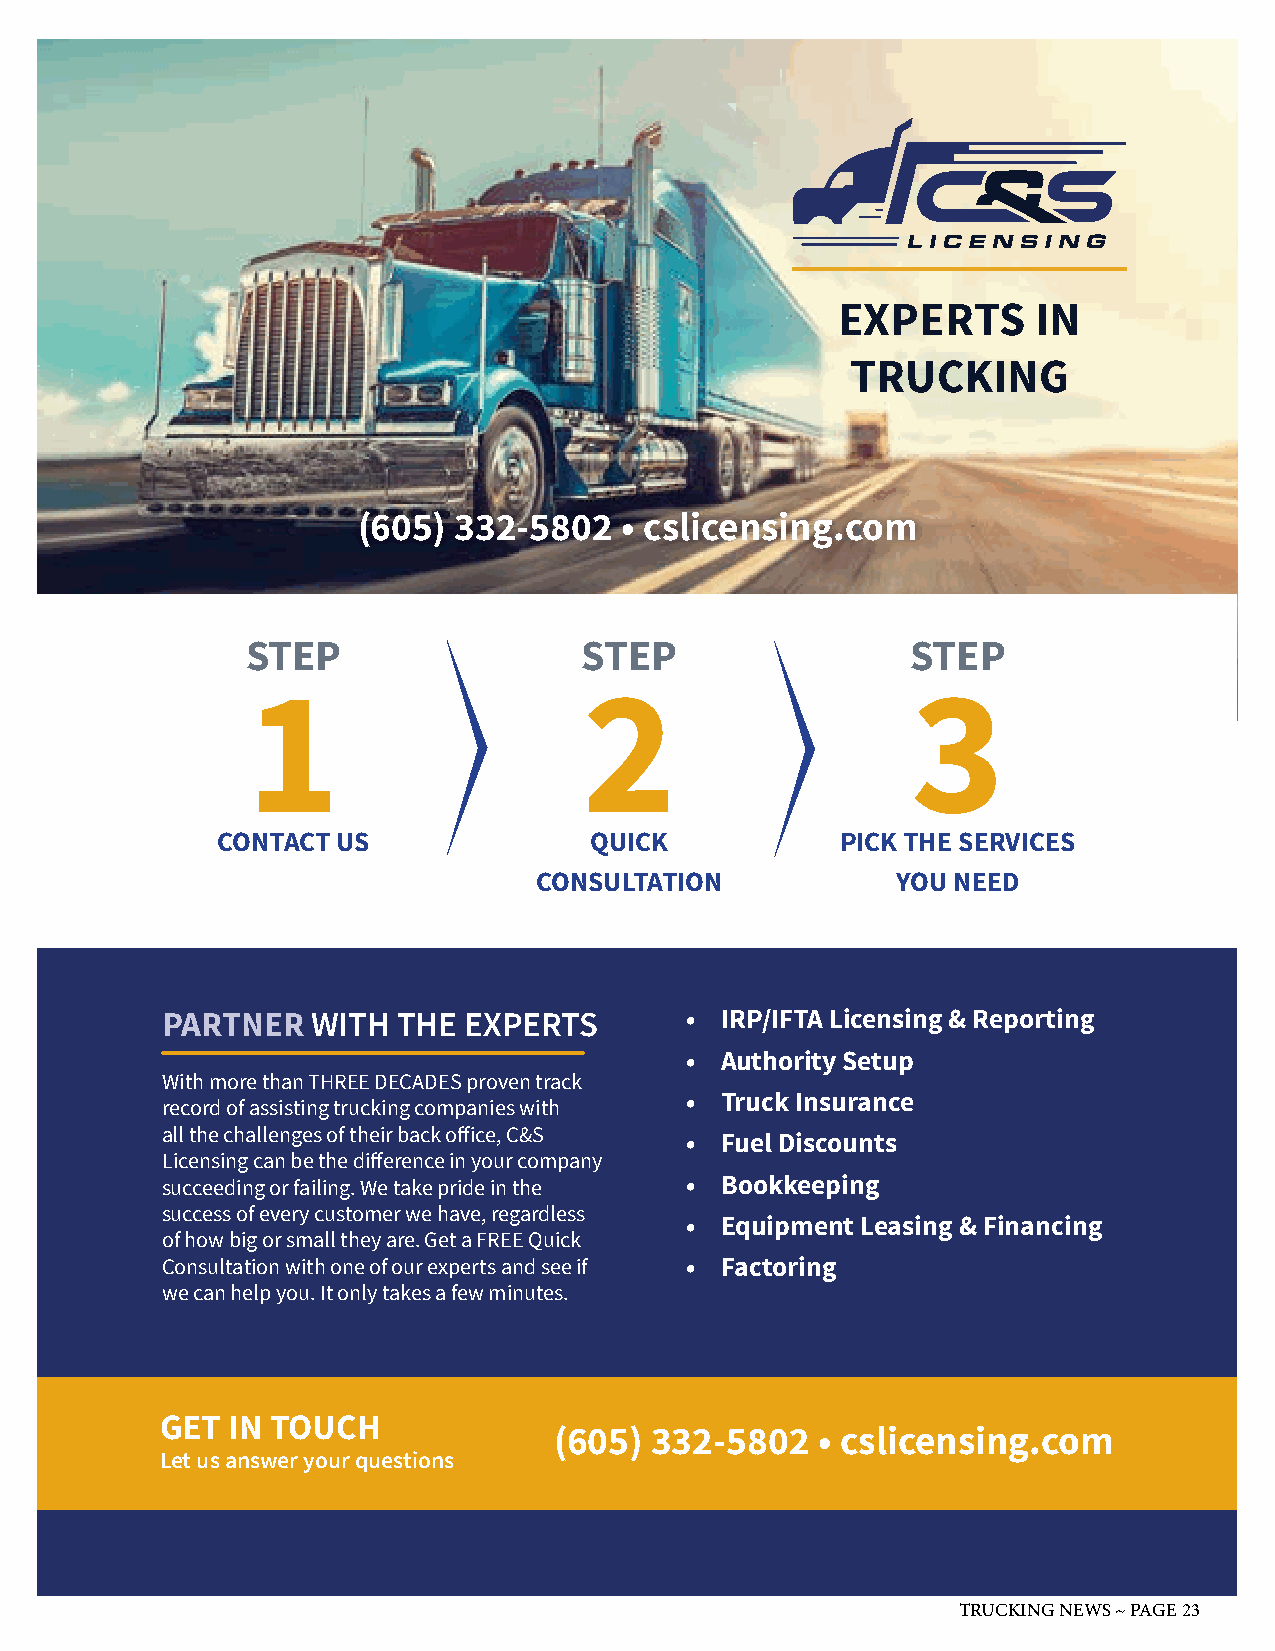
EXPERTS     IN
 TRUCKING
 (605) 332-5802   • cslicensing.com
 STEP                  STEP                  STEP
 1                      2                    3
 AUTHORITY SETUPBOOK-
 KEEPINGEQUIPMENT
 FINANCINGFACTORING-
 FUEL DISCOUNTSIRP/IFTA
 CONTACT US               QUICK            PICK THE SERVICES
 LICENSING & REPORTING-
 CONSULTATION      SAFETY Y&O DUO NT ECEODMPLI-
 ANCETRUCK INSURANCE
 PARTNER   WITH THE  EXPERTS       •  IRP/IFTA Licensing & Reporting
 •  Authority Setup
 With more than THREE DECADES proven track
 •  Truck Insurance
 record of assisting trucking companies with
 all the challenges of their back office, C&S
 •  Fuel Discounts
 Licensing can be the difference in your company
 succeeding or failing. We take pride in the • Bookkeeping
 success of every customer we have, regardless
 •  Equipment Leasing & Financing
 of how big or small they are. Get a FREE Quick
 Consultation with one of our experts and see if • Factoring
 we can help you. It only takes a few minutes.
 GET IN TOUCH
 (605) 332-5802   • cslicensing.com
 Let us answer your questions
 TRUCKING NEWS ~ PAGE 23